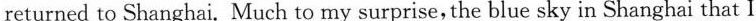
returned to Shanghai. Much to my surprise, the blue sky in Shanghai that I